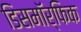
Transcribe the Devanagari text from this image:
डिसमॉर्फिक